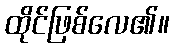
ထိုင်ဖြစ်လေ၏။